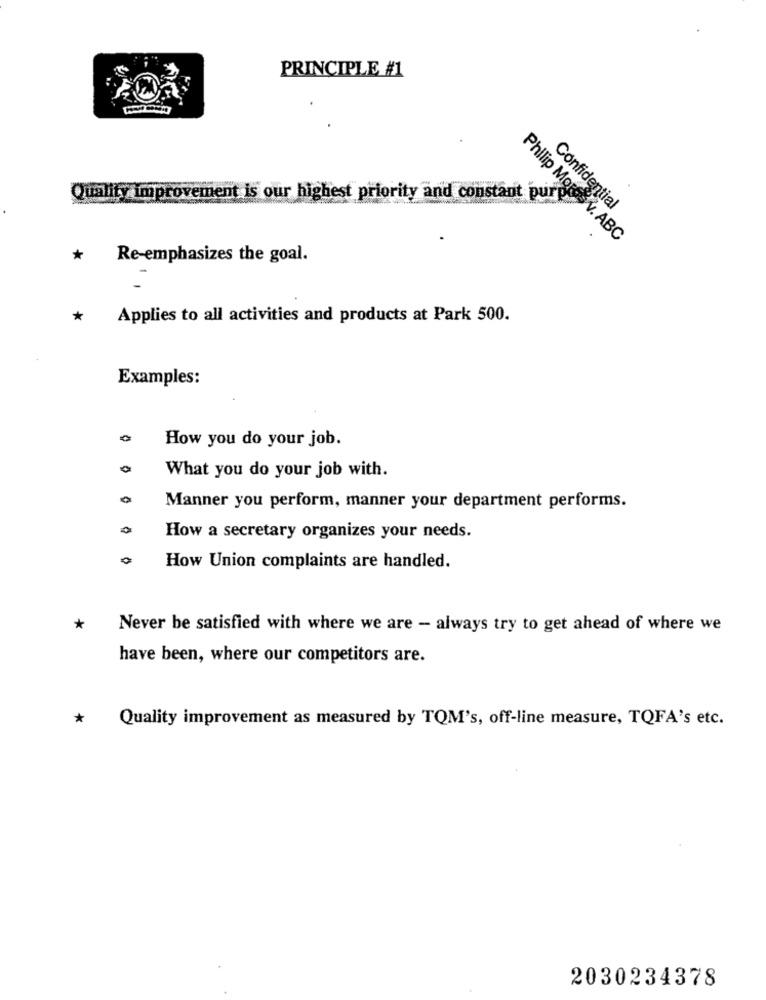
PRINCIPLE #1
Quality improvement is our highest priority and constant pur
Confidential
Philip MoreBV. ABC
*
Re-emphasizes the goal.
*
Applies to all activities and products at Park 500.
Examples:
How you do your job.
What you do your job with.
Manner you perform, manner your department performs.
How a secretary organizes your needs.
0
How Union complaints are handled.
*
Never be satisfied with where we are - always try to get ahead of where we
have been, where our competitors are.
*
Quality improvement as measured by TOM's, off-line measure, TOFA's etc.
2030234378